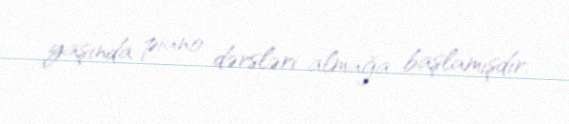
yaşında piano dərsləri almağa başlamışdır.